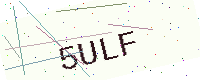
Text: 5ULF